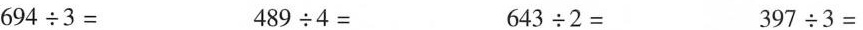
694÷3= 489÷4= 643÷2= 397÷3=